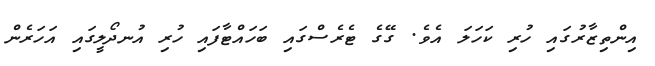
އިންތިޒާރުގައި ހުރި ކަހަލަ އެވެ. ގޭގެ ޓެރެސްގައި ބަހައްޓާފައި ހުރި އުނދޯލީގައި އަހަރެން